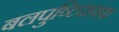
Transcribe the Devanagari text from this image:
बलपुष्टिदायक